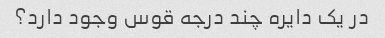
در یک دایره چند درجه قوس وجود دارد؟